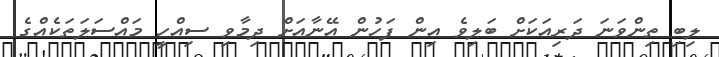
ލިބި ތިންވަނަ ދަރިއަކަށް ބަލިވެ އިން ފަހުން އޭނާއަށް ދިމާވި ސިއްހީ މައްސަލަތަކެއްގެ